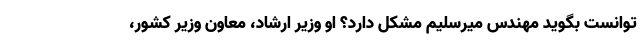
توانست بگوید مهندس میرسلیم مشکل دارد؟ او وزیر ارشاد، معاون وزیر کشور،